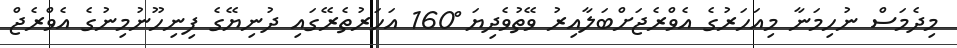
މިދެމަސް ނުހިމަނާ މިއަހަރުގެ އެވްރެޖަށްބަލާއިރު ވޭތުވެދިޔަ 160ް އަހަރުތެރޭގައި ދުނިޔޭގެ ފިނިހޫނުމިނުގެ އެވްރެޖް